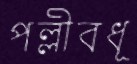
পল্লীবধূ